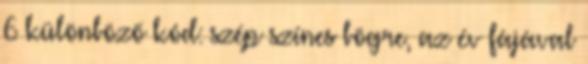
6 különböző kód: szép színes bögre, az év fájával